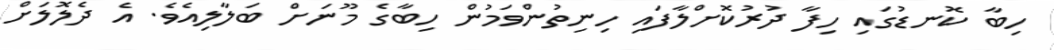
ހިބާ ކޮނޑުގައި ހިފާ ދުރުކޮށްލާފައި ހިނިތުންވަމުން ހިބާގެ މޫނަށް ބަލާލިއެވެ. އެ ދެލޮލަށް